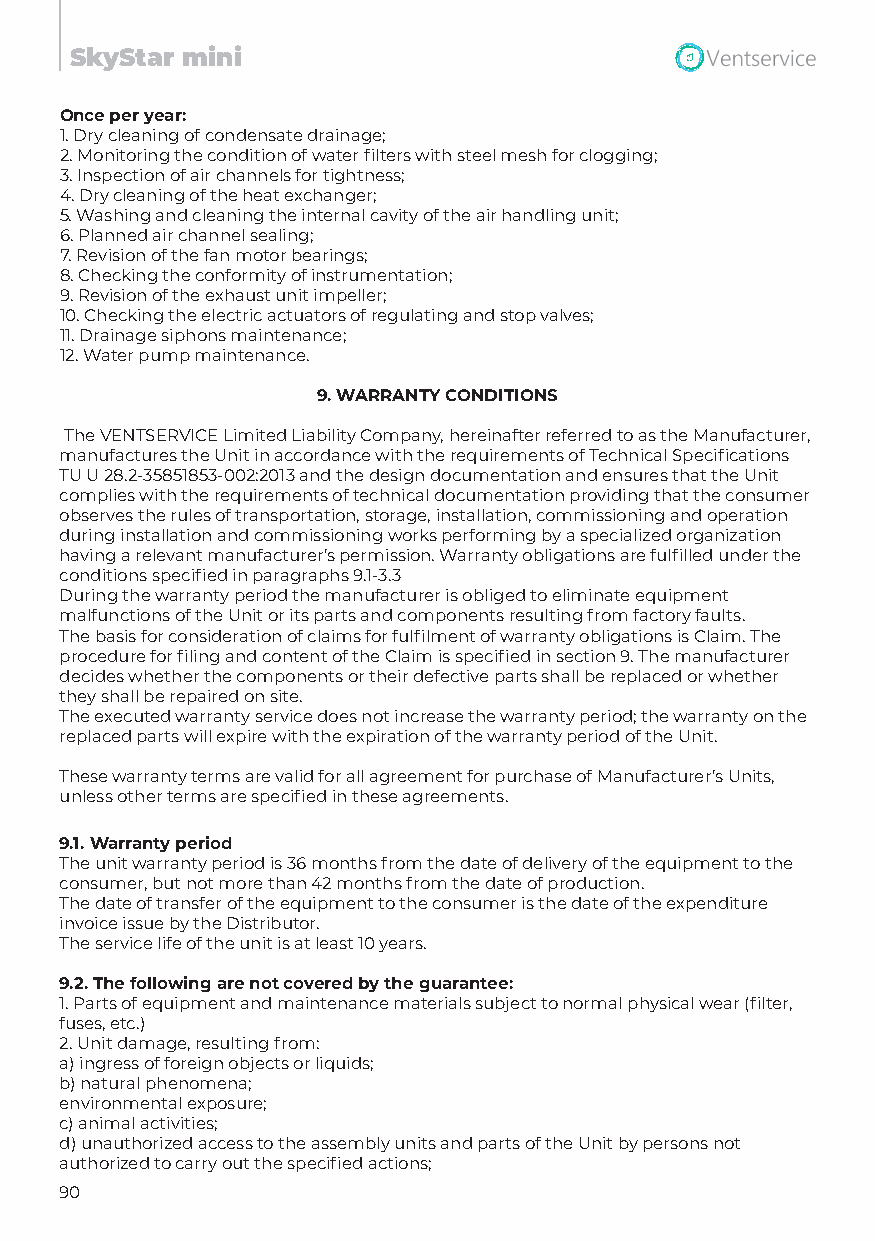
SkyStar mini
 Once per year:
 1.Dry cleaning of condensate drainage;
 2.Monitoring the condition of water filters with steel mesh for clogging;
 3.Inspection of air channels for tightness;
 4.Dry cleaning of the heat exchanger;
 5.Washing and cleaning the internal cavity of the air handling unit;
 6.Planned air channel sealing;
 7.Revision of the fan motor bearings;
 8.Checking the conformity of instrumentation;
 9.Revision of the exhaust unit impeller;
 10.Checking the electric actuators of regulating and stop valves;
 11.Drainage siphons maintenance;
 12.Water pump maintenance.
 9.WARRANTY CONDITIONS
 The VENTSERVICE Limited Liability Company, hereinafter referred to as the Manufacturer,
 manufactures the Unit in accordance with the requirements of Technical Specifications
 TU U 28.2-35851853-002:2013 and the design documentation and ensures that the Unit
 complies with the requirements of technical documentation providing that the consumer
 observes the rules of transportation, storage, installation, commissioning and operation
 during installation and commissioning works performing by a specialized organization
 having a relevant manufacturer’s permission. Warranty obligations are fulfilled under the
 conditions specified in paragraphs 9.1-3.3
 During the warranty period the manufacturer is obliged to eliminate equipment
 malfunctions of the Unit or its parts and components resulting from factory faults.
 The basis for consideration of claims for fulfilment of warranty obligations is Claim. The
 procedure for filing and content of the Claim is specified in section 9. The manufacturer
 decides whether the components or their defective parts shall be replaced or whether
 they shall be repaired on site.
 The executed warranty service does not increase the warranty period; the warranty on the
 replaced parts will expire with the expiration of the warranty period of the Unit.
 These warranty terms are valid for all agreement for purchase of Manufacturer’s Units,
 unless other terms are specified in these agreements.
 9.1. Warranty period
 The unit warranty period is 36 months from the date of delivery of the equipment to the
 consumer, but not more than 42 months from the date of production.
 The date of transfer of the equipment to the consumer is the date of the expenditure
 invoice issue by the Distributor.
 The service life of the unit is at least 10 years.
 9.2. The following are not covered by the guarantee:
 1.Parts of equipment and maintenance materials subject to normal physical wear (filter,
 fuses, etc.)
 2.Unit damage, resulting from:
 a)ingress of foreign objects or liquids;
 b)natural phenomena;
 environmental exposure;
 c)animal activities;
 d)unauthorized access to the assembly units and parts of the Unit by persons not
 authorized to carry out the specified actions;
 90